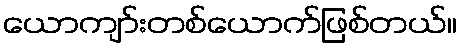
ယောကျာ်းတစ်ယောက်ဖြစ်တယ်။